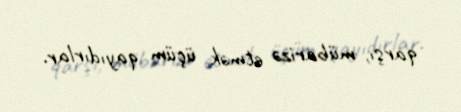
qarşı, mübarizə etmək üçüm qayıdırlar.